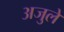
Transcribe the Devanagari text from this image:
अजुलें